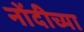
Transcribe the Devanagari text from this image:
नोंदीच्या